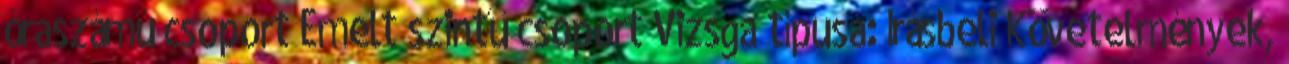
óraszámú csoport Emelt szintű csoport Vizsga típusa: Írásbeli Követelmények,